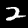
Digit: 2